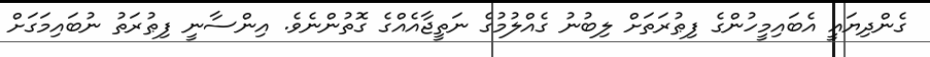
ގެންދިޔައީ އެބައިމީހުންގެ ފިޠުރަތަށް ލިބުނު ގެއްލުމުގެ ނަތީޖާއެއްގެ ގޮތުންނެވެ. އިންސާނީ ފިޠުރަތު ނުބައިމަގަށް